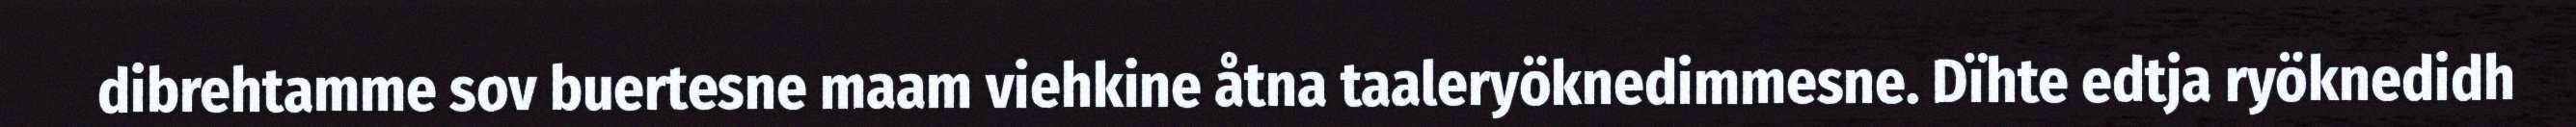
dibrehtamme sov buertesne maam viehkine åtna taaleryöknedimmesne. Dïhte edtja ryöknedidh